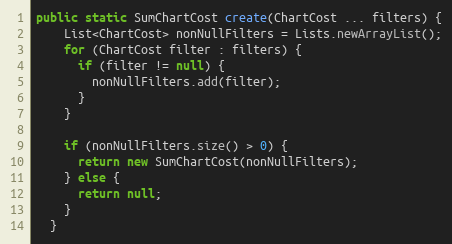
Language: Java
public static SumChartCost create(ChartCost ... filters) {
    List<ChartCost> nonNullFilters = Lists.newArrayList();
    for (ChartCost filter : filters) {
      if (filter != null) {
        nonNullFilters.add(filter);
      }
    }

    if (nonNullFilters.size() > 0) {
      return new SumChartCost(nonNullFilters);
    } else {
      return null;
    }
  }